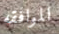
الموافقه